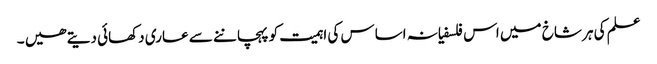
علم کی ہر شاخ میں اس فلسفیانہ اساس کی اہمیت کو پہچاننے سے عاری دکھائی دیتے ھیں ۔